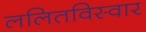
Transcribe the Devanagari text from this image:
ललितविस्वार